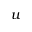
u